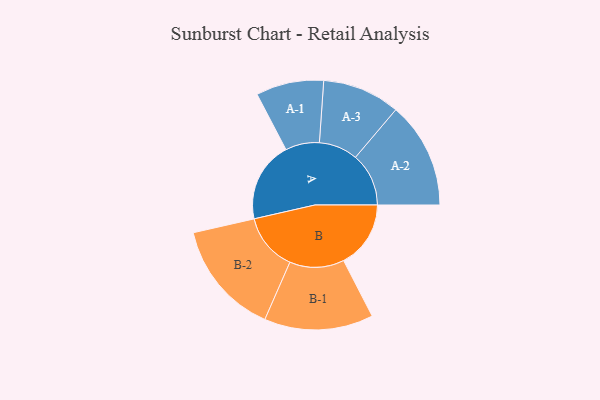
{"axis": {"x": "Segment", "y": "Value"}, "legend": ["", "A", "B"], "data": [{"x": "A", "y": 375, "type": ""}, {"x": "B", "y": 313, "type": ""}, {"x": "A-1", "y": 158, "type": "A"}, {"x": "A-2", "y": 248, "type": "A"}, {"x": "A-3", "y": 181, "type": "A"}, {"x": "B-1", "y": 254, "type": "B"}, {"x": "B-2", "y": 267, "type": "B"}]}